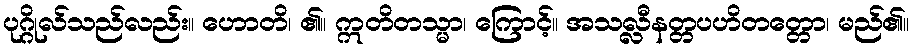
ပုဂ္ဂိုလ်သည်လည်း။ ဟောတိ၊ ၏။ ဣတိတသ္မာ၊ ကြောင့်။ အသလ္လီနတ္တပဟိတတ္တော၊ မည်၏။